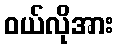
ဝယ်လိုအား